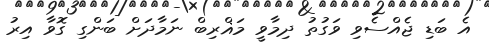
އެ ބަޑި ޖެއްސެވި ވަގުތު ދިމާވީ މަޣްރިބް ނަމާދަށް ބަންގި ގޮވާ އިރު